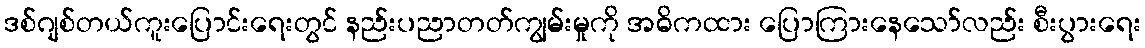
ဒစ်ဂျစ်တယ်ကူးပြောင်းရေးတွင် နည်းပညာတတ်ကျွမ်းမှုကို အဓိကထား ပြောကြားနေသော်လည်း စီးပွားရေး